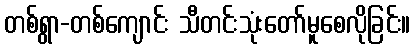
တစ်ရွာ-တစ်ကျောင်း သီတင်းသုံးတော်မူစေလိုခြင်း။